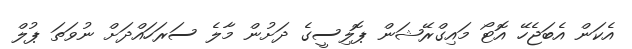
އެކަން އެބަޖެހޭ އޮޓޯ މައިގްރޭޝަން ޕޮލިސީގެ ދަށުން މާލެ ސަރަހައްދަށް ނުވަތަ ޕުލް